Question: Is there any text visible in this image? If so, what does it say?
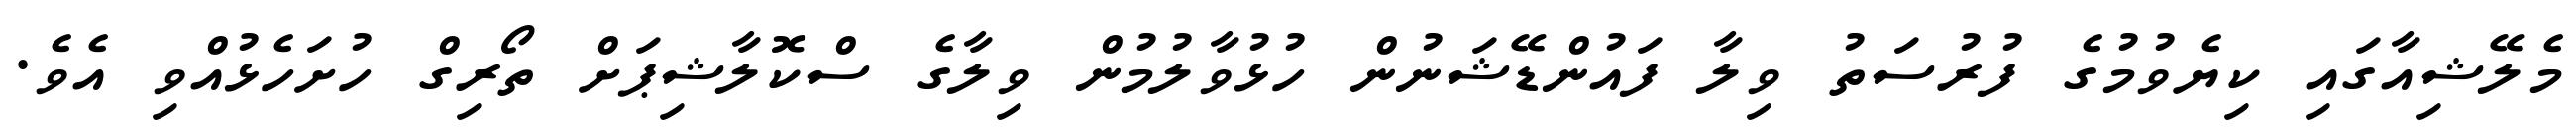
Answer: މެލޭޝިއާގައި ކިޔެވުމުގެ ފުރުސަތު ވިލާ ފައުންޑޭޝަނުން ހުޅުވާލުމުން ވިލާގެ ސްކޮލާޝިޕަށް ތޯރިގް ހުށަހެޅުއްވި އެވެ.